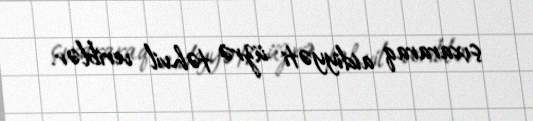
çıxararaq aidiyyəti üzrə təhvil veriblər.